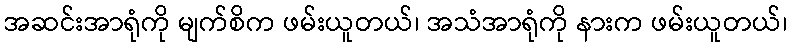
အဆင်းအာရုံကို မျက်စိက ဖမ်းယူတယ်၊ အသံအာရုံကို နားက ဖမ်းယူတယ်၊